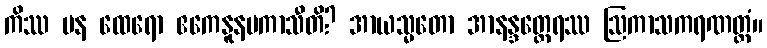
ကိဿ ပန ထေရော ဧကေနူနမကာသီတိ? အာယသ္မတော အာနန္ဒတ္ထေရဿ ဩကာသကရဏတ္ထံ။